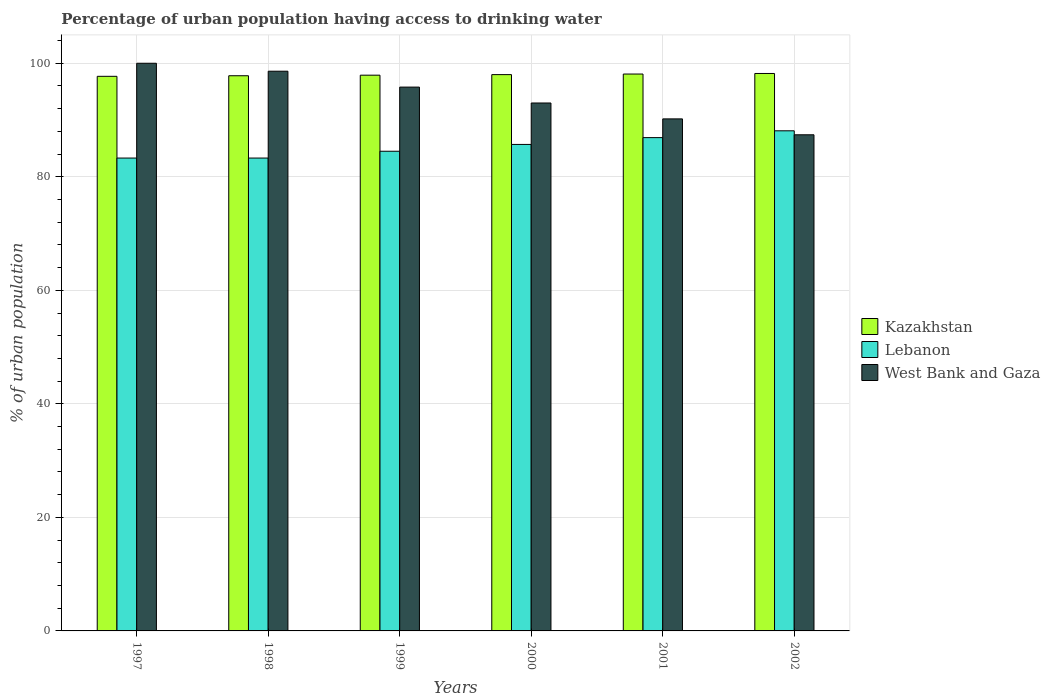
| Years | Kazakhstan | Lebanon | West Bank and Gaza |
 | --- | --- | --- | --- |
 | 1997 | 97.7 | 83.3 | 100 |
 | 1998 | 97.8 | 83.3 | 98.6 |
 | 1999 | 97.9 | 84.5 | 95.8 |
 | 2000 | 98 | 85.7 | 93 |
 | 2001 | 98.1 | 86.9 | 90.2 |
 | 2002 | 98.2 | 88.1 | 87.4 |